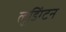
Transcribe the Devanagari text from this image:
लुडिंग्टन